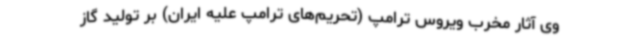
وی آثار مخرب ویروس ترامپ (تحریم‌های ترامپ علیه ایران) بر تولید گاز